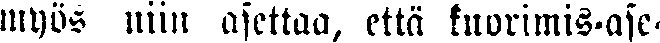
myös niin asettaa, että kuorimis-ase-